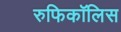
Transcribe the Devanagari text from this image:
रुफिकॉलिस